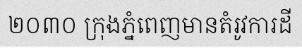
២០៣០ ក្រុងភ្នំពេញមានតំរូវការដី